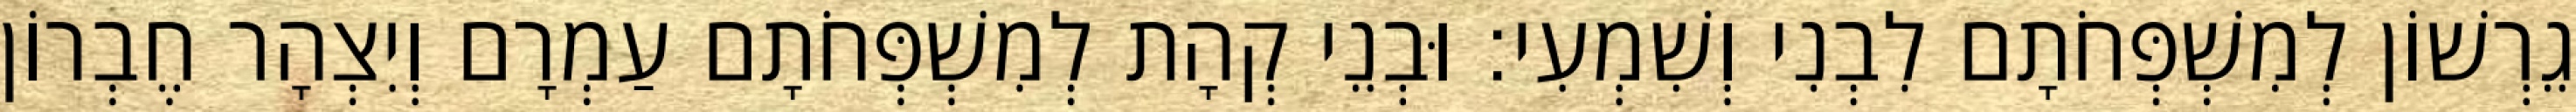
גֵרְשׁוֹן לְמִשְׁפְּחֹתָם לִבְנִי וְשִׁמְעִי׃ וּבְנֵי קְהָת לְמִשְׁפְּחֹתָם עַמְרָם וְיִצְהָר חֶבְרוֹן